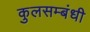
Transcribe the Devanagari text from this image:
कुलसम्बंधी